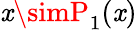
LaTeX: \mathit{x}\simP_{1}(\mathit{x})